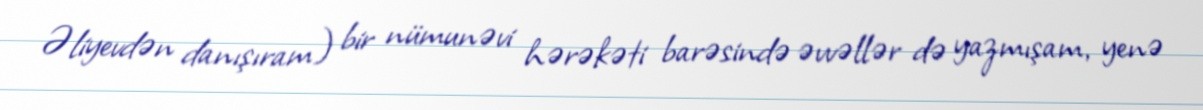
Əliyevdən danışıram) bir nümunəvi hərəkəti barəsində əvvəllər də yazmışam, yenə